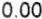
0.00